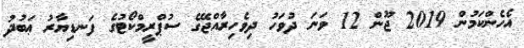
އެހެންކަމުން 2019 ޖޫން 12 ވަނަ ދުވަހު ދިވެހިރާއްޖޭގެ ސުޕްރީމްކޯޓުގެ ފަނޑިޔާރު ޢަބުދު